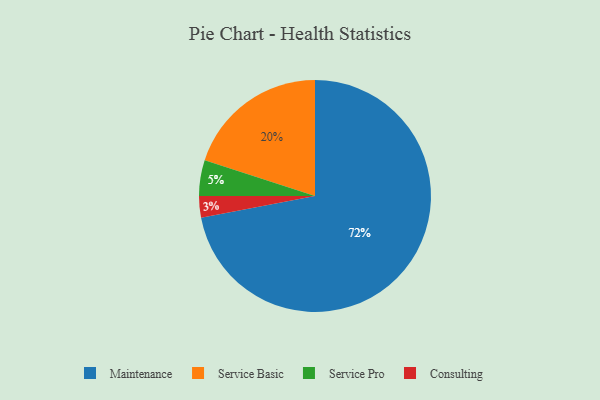
{"axis": {"x": "Category", "y": "Percentage"}, "legend": ["Consulting", "Maintenance", "Service Basic", "Service Pro"], "data": [{"x": "Consulting", "y": 3, "type": "Consulting"}, {"x": "Service Basic", "y": 20, "type": "Service Basic"}, {"x": "Maintenance", "y": 72, "type": "Maintenance"}, {"x": "Service Pro", "y": 5, "type": "Service Pro"}]}